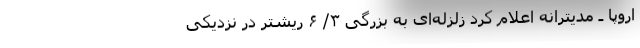
اروپا ـ مدیترانه اعلام کرد زلزله‌ای به بزرگی ۳/ ۶ ریشتر در نزدیکی